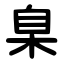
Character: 臬